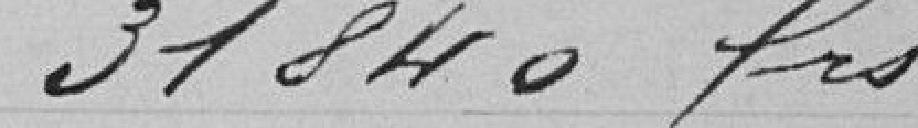
31840 frs